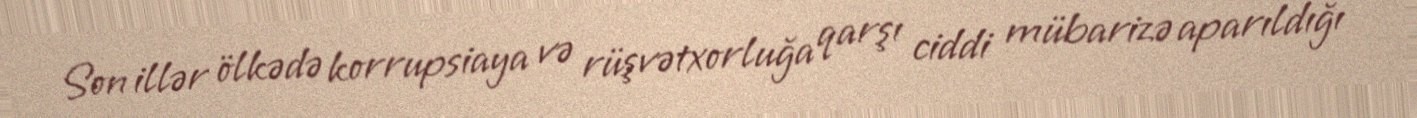
Son illər ölkədə korrupsiaya və rüşvətxorluğa qarşı ciddi mübarizə aparıldığı